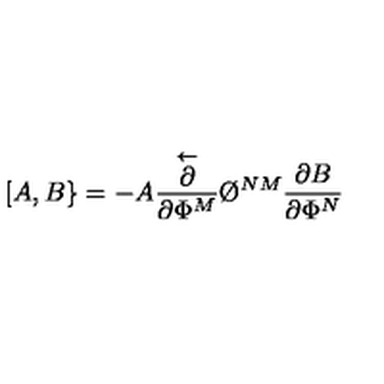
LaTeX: [ A , B \} = - A { \frac { \stackrel { \leftarrow } { \partial } } { \partial \Phi ^ { M } } } \O ^ { N M } { \frac { \partial B } { \partial \Phi ^ { N } } }